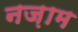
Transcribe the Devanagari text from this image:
नज़ाम